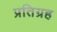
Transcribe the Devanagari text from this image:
प्रतिग्रह